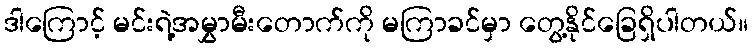
ဒါကြောင့် မင်းရဲ့အမွှာမီးတောက်ကို မကြာခင်မှာ တွေ့နိုင်ခြေရှိပါတယ်။